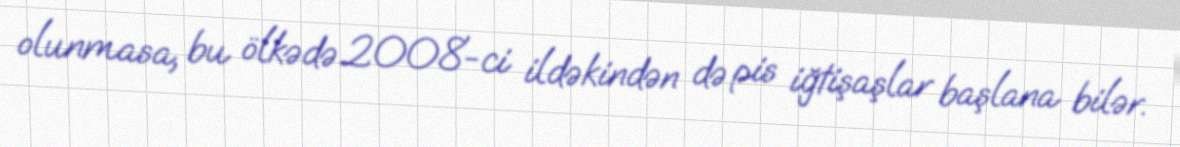
olunmasa, bu ölkədə 2008-ci ildəkindən də pis iğtişaşlar başlana bilər.